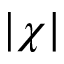
| \chi |